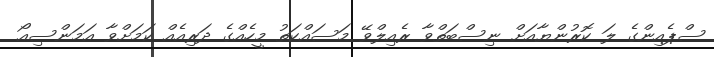
ސްޕެއިންގެ ލަ ކޮރުންޔާއަށް ނިސްބަތްވާ ރެއިލްވޭ މަސައްކަތު މީހެއްގެ ދަރިއެއް ކަމަށްވާ އަމަންސިއޯ